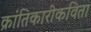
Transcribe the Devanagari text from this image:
क्रांतिकारीकविता